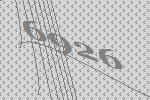
6926